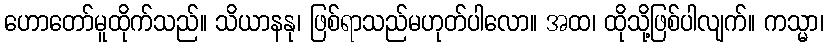
ဟောတော်မူထိုက်သည်။ သိယာနနု၊ ဖြစ်ရာသည်မဟုတ်ပါလော။ အထ၊ ထိုသို့ဖြစ်ပါလျက်။ ကသ္မာ၊